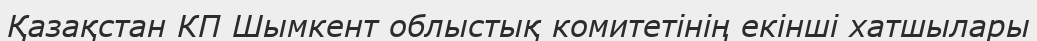
Қазақстан КП Шымкент облыстық комитетінің екінші хатшылары